Civil Veterinary Dept. Bombay admin report 1932-41 - 1932-1941
Year: 1932
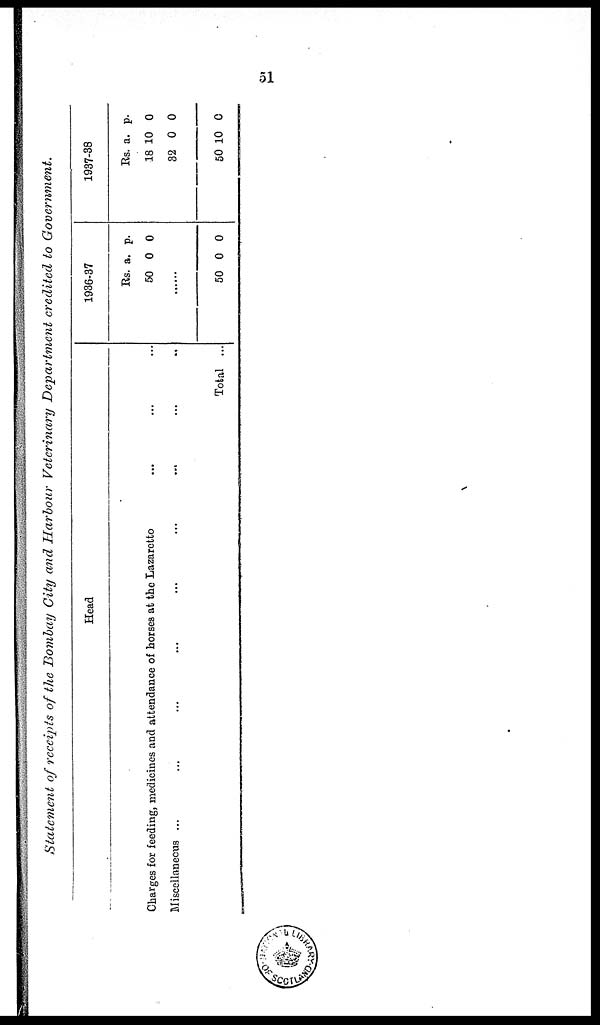
51
Statement of receipts of the Bombay City and Harbour Veterinary Department credited to Government.
Head
Charges for feeding, medicines and attendance of horses at the Lazaretto
...
...
...
Miscellaneous ...
...
...
...
...
...
... ...
...
Total ...
1936-37
Rs.
50
a.
0
p.
0
......
50 0 0
1937-38
Rs.
18
32
50
a.
10
0
10
p.
0
0
0